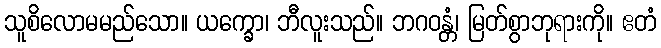
သူစိလောမမည်သော။ ယက္ခော၊ ဘီလူးသည်။ ဘဂဝန္တံ၊ မြတ်စွာဘုရားကို။ ဧတံ